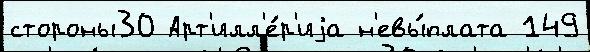
стороны30 Арт'илл'е́р'иjа н'евы́плата 149